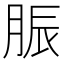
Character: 脤